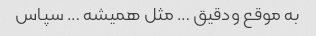
به موقع و‌دقیق … مثل همیشه … سپاس